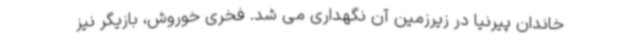
خاندان پیرنیا در زیرزمین آن نگهداری می شد. فخری خوروش، بازیگر نیز